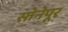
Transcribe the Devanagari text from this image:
सोनेपूर